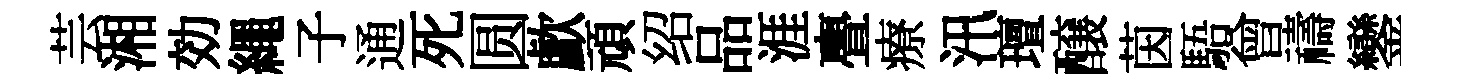
芸湘効繩子通死圆歔頑绍品涯亹療汛璮醸茵䮏曾禱鑾